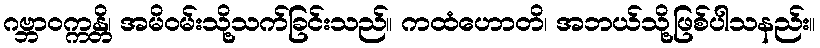
ဂဗ္ဘာဝက္ကန္တိ၊ အမိဝမ်းသို့သက်ခြင်းသည်။ ကထံဟောတိ၊ အဘယ်သို့ဖြစ်ပါသနည်း။